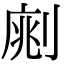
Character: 𠝡